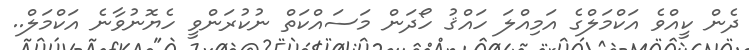
ދެން ކީއްވެ އަކްމަލްގެ އަމިއްލަ ހައްޤު ހޯދަން މަސައްކަތް ނުކުރަންވީ ހެޔޮނުވާނެ އަކްމަލް..